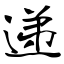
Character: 递